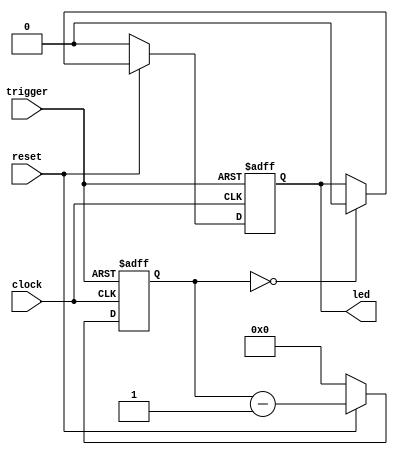
// This program was cloned from: https://github.com/denandz/lpc_sniffer_tpm
// License: GNU General Public License v3.0

module trigger_led
	(
		input trigger,
		input clock,
		input reset,
		output reg led
	);

	reg [23:0] counter;

	always @(posedge trigger or negedge clock) begin
		if (trigger) begin
			led <= 1;
			counter <= 1_000_000;
		end else begin
			if (~reset) begin
				counter <= 0;
				led <= 0;
			end else begin
				if (counter == 0) begin
					led <= 0;
				end
				counter <= counter - 1;
			end
		end
	end
endmodule